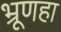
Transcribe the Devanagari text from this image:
भ्रूणहा